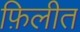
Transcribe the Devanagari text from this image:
फ़िलीत